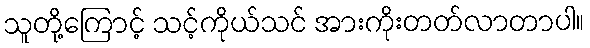
သူတို့ကြောင့် သင့်ကိုယ်သင် အားကိုးတတ်လာတာပါ။